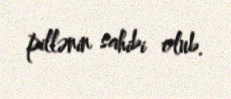
pillənin sahibi olub.